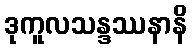
ဒုကူလသန္ဒဿနာနိ